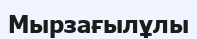
Мырзағылұлы